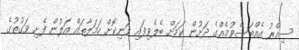
ސިއްރު އެއްބަސްވުމެއްގެ ދަށުން ކަމަށް ބެލެވިފައި ވަނިކޮށް ހަމަލާތައް އަލުން ފެށި ވަގުތުގެ